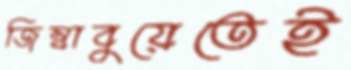
জিম্বাবুয়েতেই